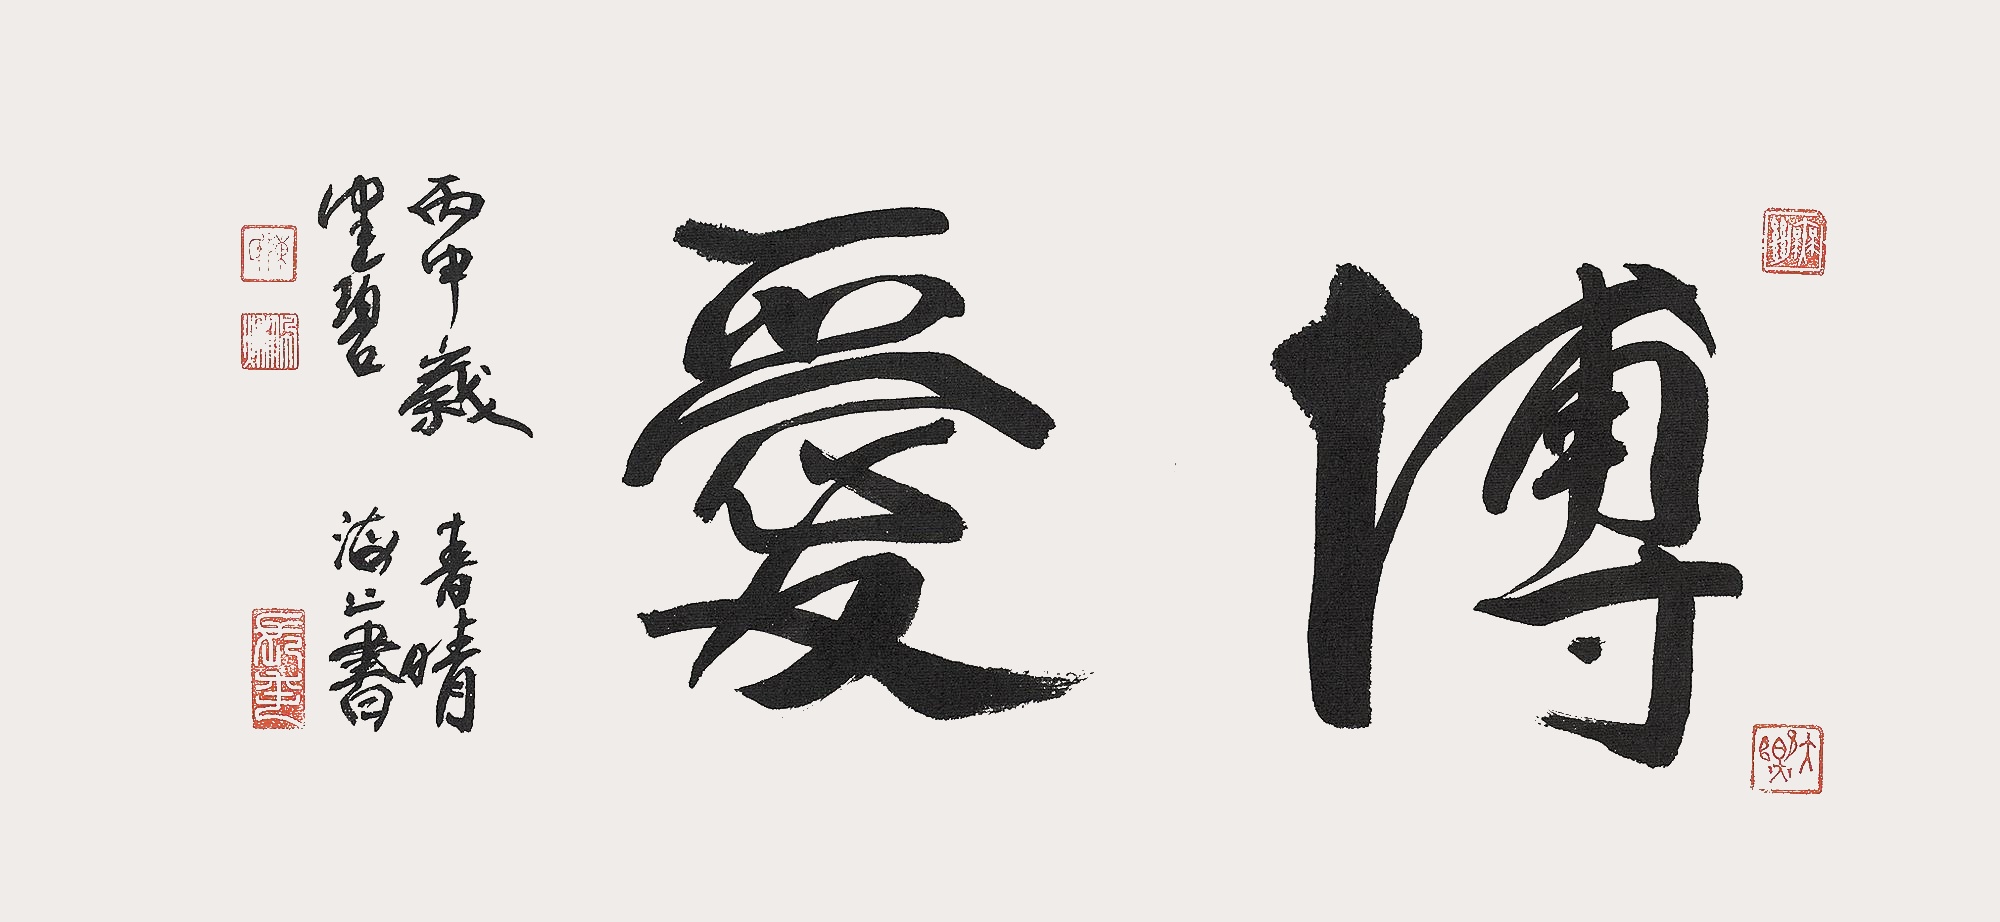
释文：博爱。丙申岁青晴。健碧海上书。